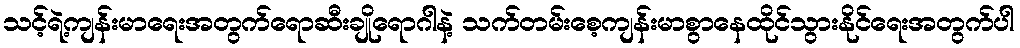
သင့်ရဲ့ကျန်းမာရေးအတွက်ရောဆီးချိုရောဂါနဲ့ သက်တမ်းစေ့ကျန်းမာစွာနေထိုင်သွားနိုင်ရေးအတွက်ပါ